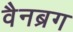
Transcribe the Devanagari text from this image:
वैनब्रग